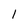
Character: l